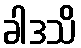
ခါဒသိ